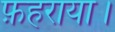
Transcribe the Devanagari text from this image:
फ़हराया।